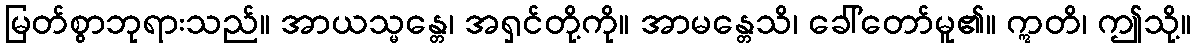
မြတ်စွာဘုရားသည်။ အာယသ္မန္တေ၊ အရှင်တို့ကို။ အာမန္တေသိ၊ ခေါ်တော်မူ၏။ ဣတိ၊ ဤသို့။